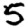
Digit: 5